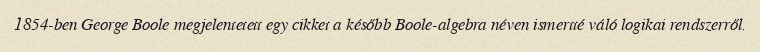
1854-ben George Boole megjelentetett egy cikket a később Boole-algebra néven ismertté váló logikai rendszerről.